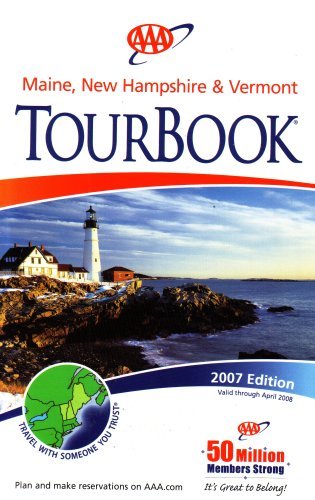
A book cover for AAA Maine, New Hampshire & Vermont Tourbook: 2007 Edition (2007 Edition, 2007-461507); AAA; Travel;